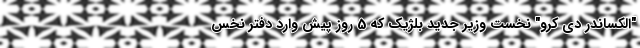
"الکساندر دی کرو" نخست وزیر جدید بلژیک که 5 روز پیش وارد دفتر نخس